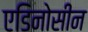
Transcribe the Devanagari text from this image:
एडिनोसीन